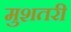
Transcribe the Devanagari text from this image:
मुशतरी